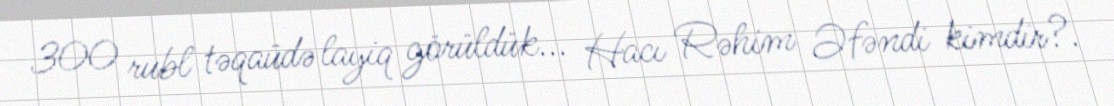
300 rubl təqaüdə layiq görüldük... Hacı Rəhim Əfəndi kimdir?.